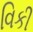
વિકી